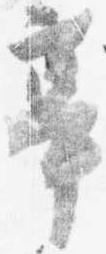
亭